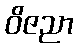
ဝိဇညာ